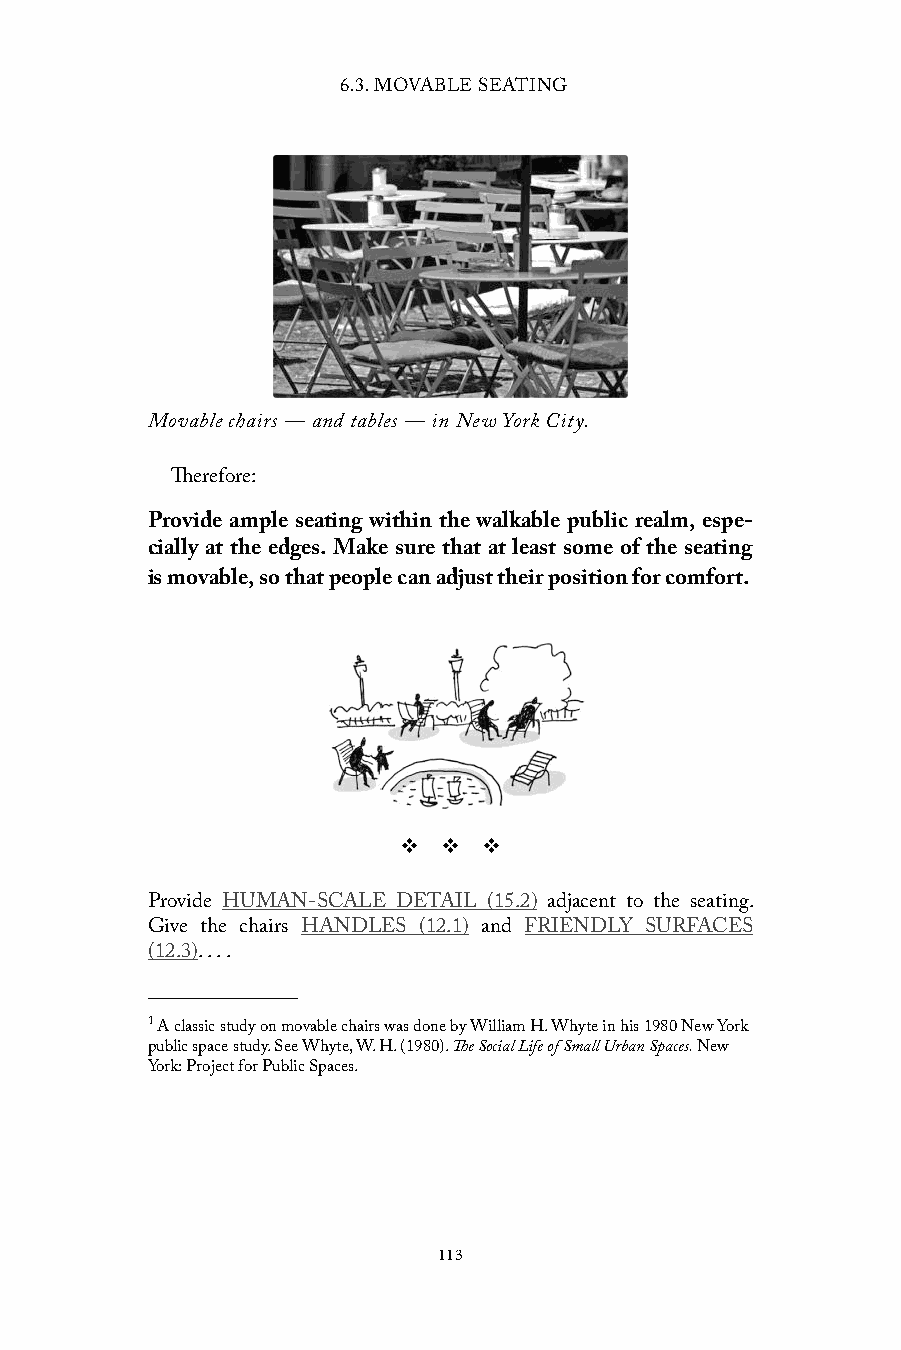
6.3. MOVABLE SEATING
 Movable chairs — and tables — in New York City.
 Therefore:
 Provide ample seating within the walkable public realm, espe-
 cially at the edges. Make sure that at least some of the seating
 is movable, so that people can adjust their position for comfort.
 v  v  v
 Provide HUMAN-SCALE DETAIL (15.2) adjacent to the seating.
 Give the chairs HANDLES (12.1) and FRIENDLY SURFACES
 (12.3). . . .
 1 A classic study on movable chairs was done by William H. Whyte in his 1980 New York
 public space study. See Whyte, W. H. (1980). The Social Life of Small Urban Spaces. New
 York: Project for Public Spaces.
 113